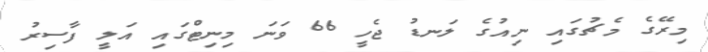
މިރޭގެ މެޗުގައި ނިއުގެ ލަނޑު ޖެހީ 66 ވަނަ މިނިޓްގައި އަލީ ފާސިރު